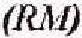
(RM)